Tartu_linnavalitsus, lk 31
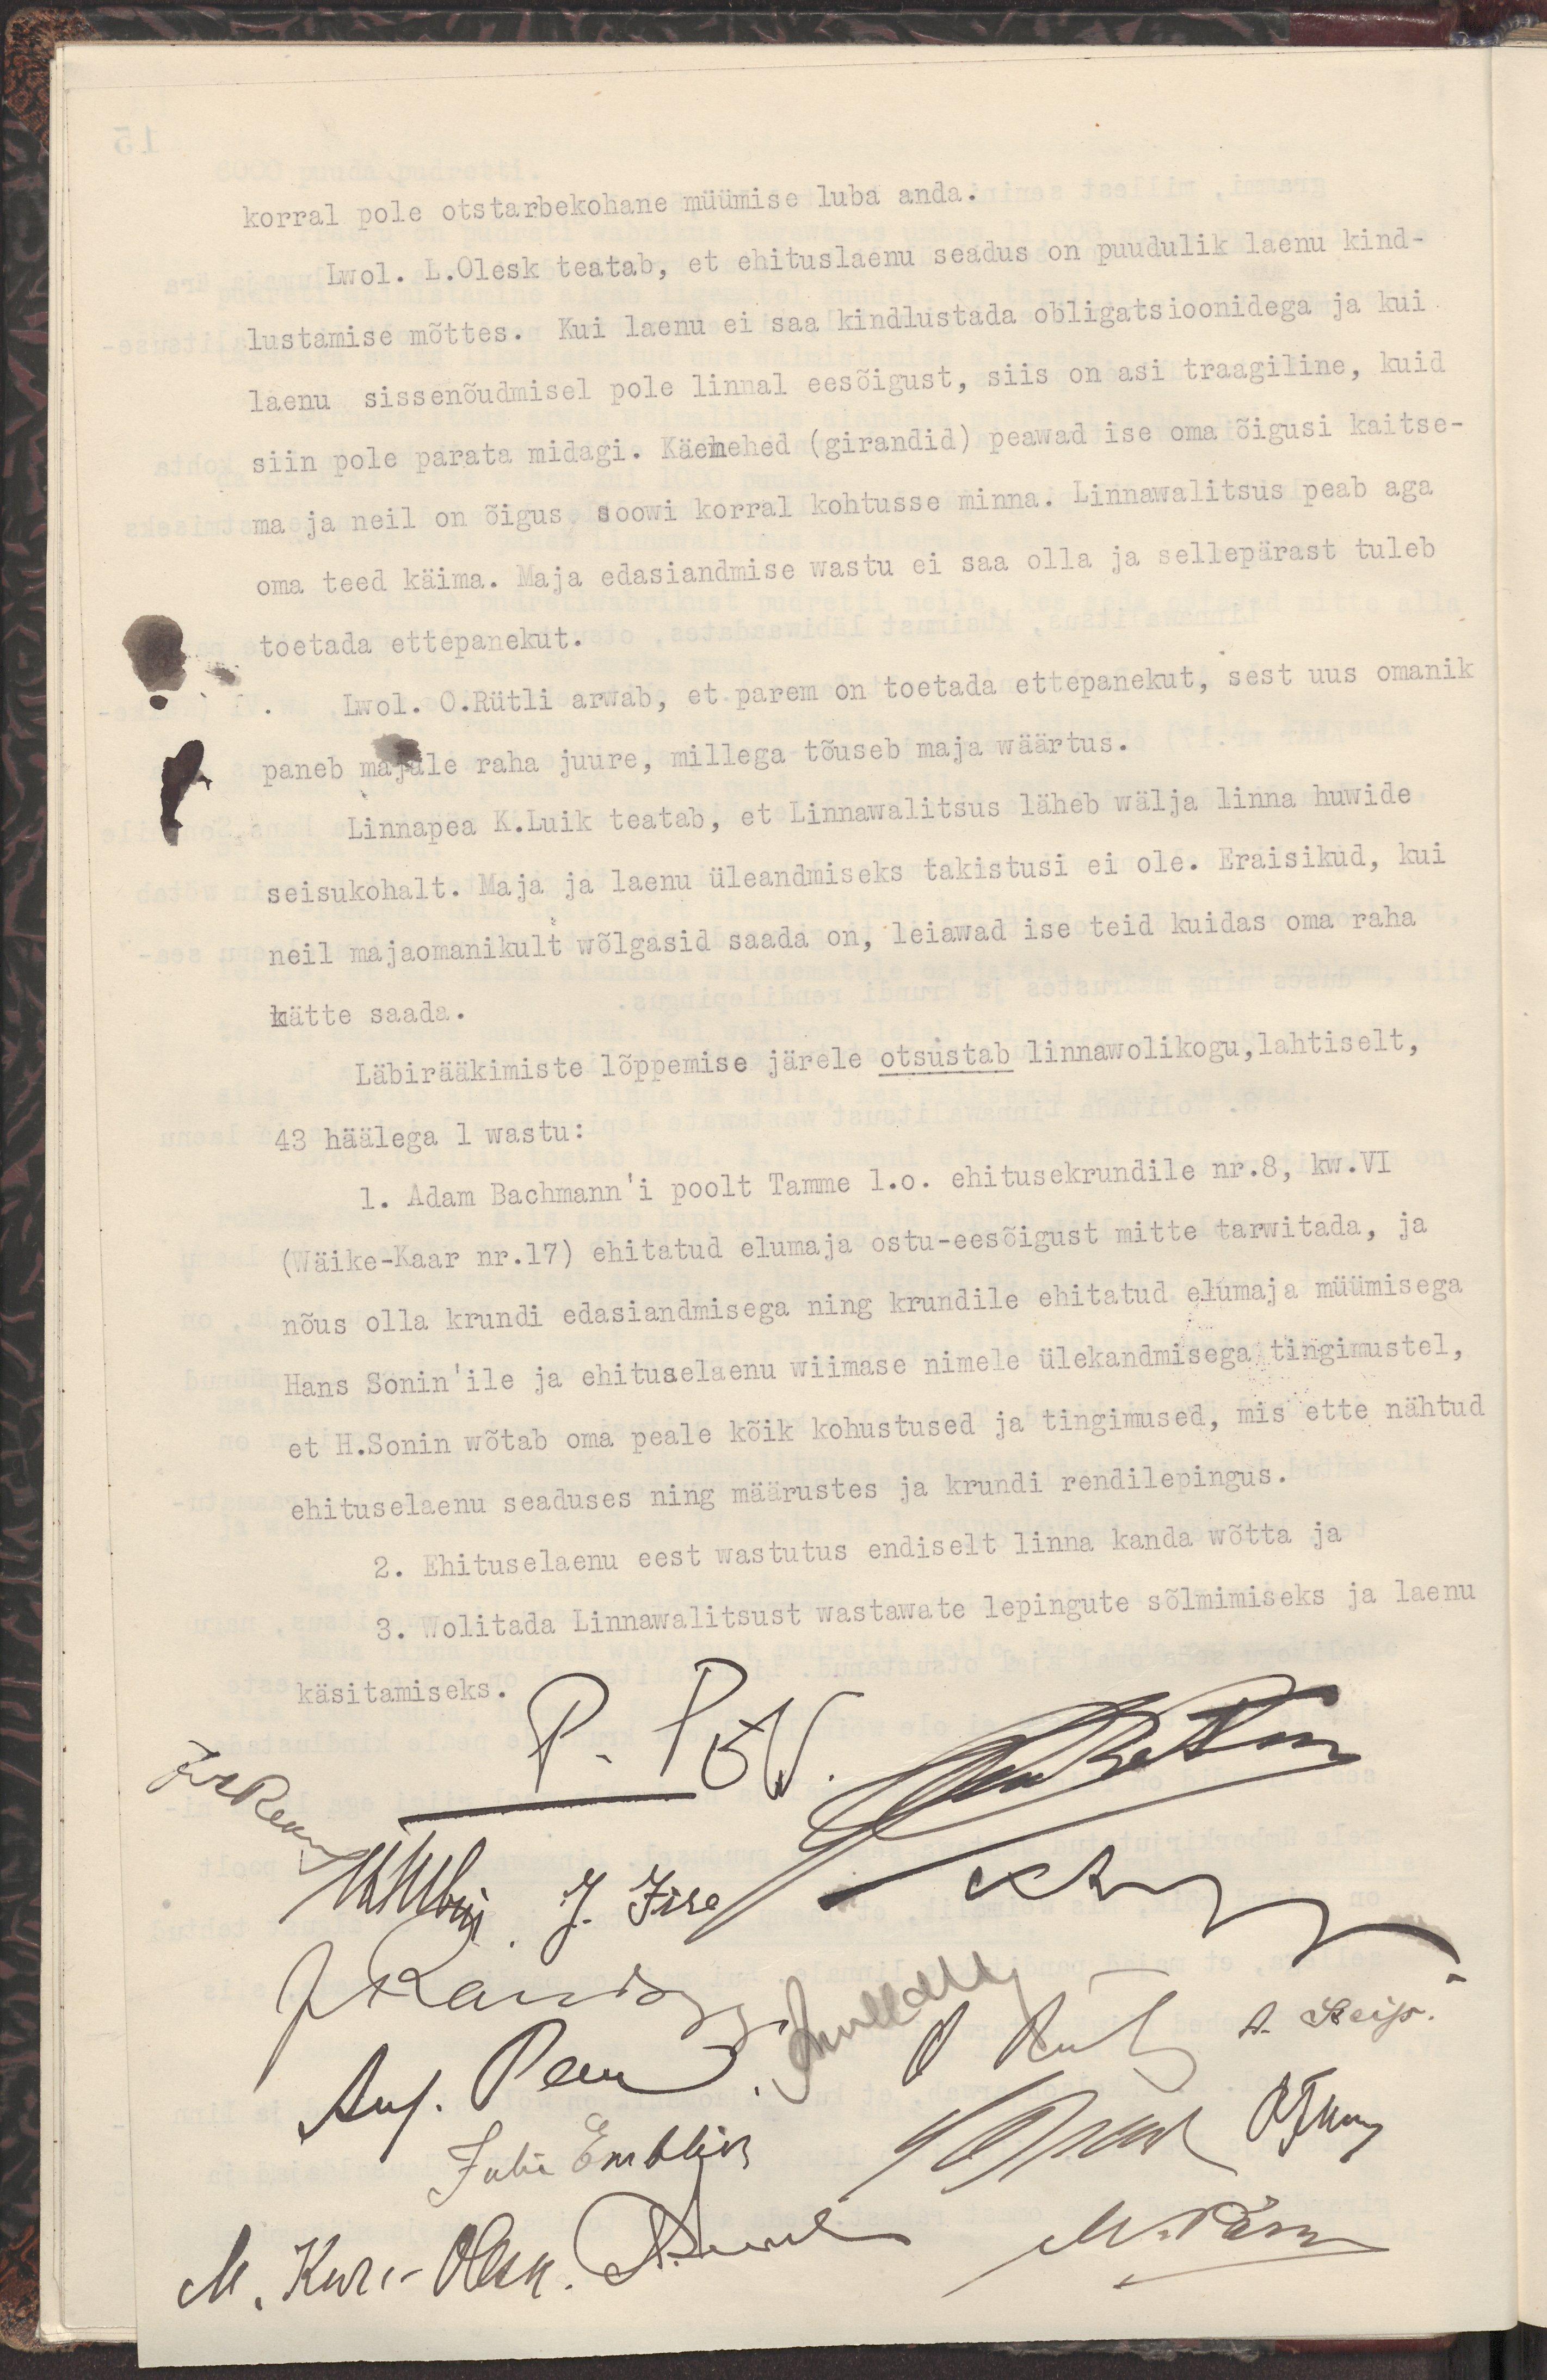
korral pole otstarbekohane müümise luba anda.
Lwol. L.Olesk teatab, et ehituslaenu seadus on puudulik laenu kind-
lustamise mõttes. Kui laenu ei saa kindlustada obligatsioonidega ja kui
laenu sissenõudmisel pole linnal eesõigust, siis on asi traagiline, kuid
siin pole parata midagi. Käemehed (girandid) peawad ise oma õigusi kaitse-
ma ja neil on õigus soowi korral kohtusse minna. Linnawalitsus peab aga
oma teed käima. Maja edasiandmise wastu ei saa olla ja sellepärast tuleb
toetada ettepanekut.
Lwol. O.Rütli arwab, et parem on toetada ettepanekut, sest uus omanik
paneb majale raha juure, millega tõuseb maja wäärtus.
Linnapea K.Luik teatab, et Linnawalitsus läheb wälja linna huwide
seisukohalt. Maja ja laenu üleandmiseks takistusi ei ole. Eraisikuid, kui
neil majaomanikult wõlgasid saada on, leiawad ise teid kuidas oma raha
kätte saada.
Läbirääkimiste lõppemise järele otsustab Linnawolikogu, lahtiselt,
43 häälega 1 wastu :
1. Adam Bachmann'i poolt Tamme 1.o. ehituskrundile nr.8, kw.VI
(Wäike-Kaar nr.17) ehitatud elumaja ostu-eesõigust mitte tarwitada, ja
nõus olla krundi edasiandmisega ning krundile ehitatud elumaja müümisega
Hans Sonin'ile ja ehituselaenu wiimase nimele ülekandmisega tingimustel,
et H.Sonin wõtab oma peale kõik kohustused ja tingimused, mis ette nähtud
ehituselaenu seaduses ning määrustes ja krundi rendilepingus.
2. Ehituselaenu eest wastutus endiselt linna kanda wõtta ja
3. Wolitada Linnawalitsust wastawate lepingute sõlmimiseks ja laenu
käsitamiseks.